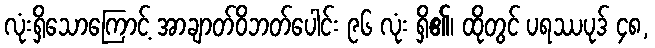
လုံးရှိသောကြောင့် အာချာတ်ဝိဘတ်ပေါင်း ၉၆ လုံး ရှိ၏၊ ထိုတွင် ပရဿပုဒ် ၄၈,